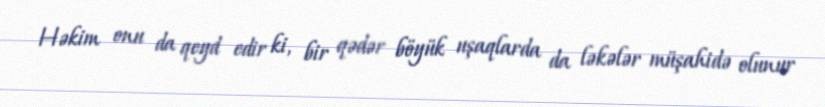
Həkim onu da qeyd edir ki, bir qədər böyük uşaqlarda da ləkələr müşahidə olunur